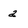
Character: a